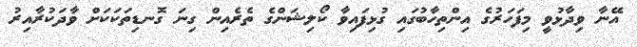
އޭނާ ވިދާޅުވީ މިފަހަރުގެ އިންތިހާބުގައި ގުޅިފައިވާ ކޯލިޝަންގެ ތެރެއިން ގިނަ ގޮނޑިތަކަކަށް ވާދަކުރާއިރު